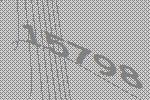
15798